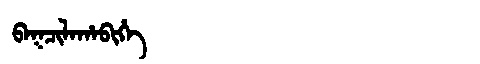
Manchu: ᠪᠠᡴᠴᡳᠯᠠᡥᠠᠪᡳᡥᡝ
Romanization: BAKCILAHABIHE